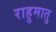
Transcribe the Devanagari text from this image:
राहुमातु